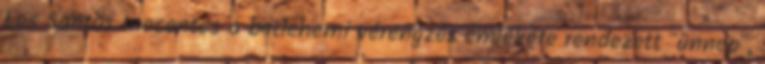
Los Santos Inocentes a betlehemi vérengzés emlékére rendezett "ünnep",